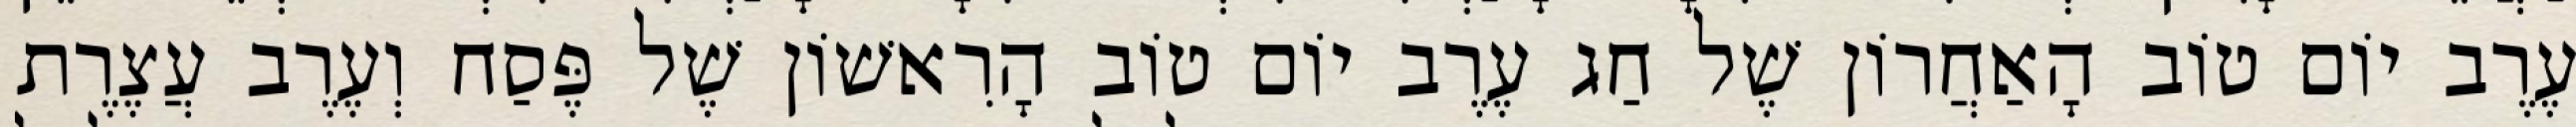
עֶרֶב יוֹם טוֹב הָאַחֲרוֹן שֶׁל חַג עֶרֶב יוֹם טוֹב הָרִאשׁוֹן שֶׁל פֶּסַח וְעֶרֶב עֲצֶרֶת